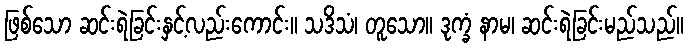
ဖြစ်သော ဆင်းရဲခြင်းနှင့်လည်းကောင်း။ သဒိသံ၊ တူသော။ ဒုက္ခံ နာမ၊ ဆင်းရဲခြင်းမည်သည်။